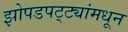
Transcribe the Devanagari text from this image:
झोपडपट्ट्यांमधून